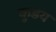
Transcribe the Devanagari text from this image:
कुडय